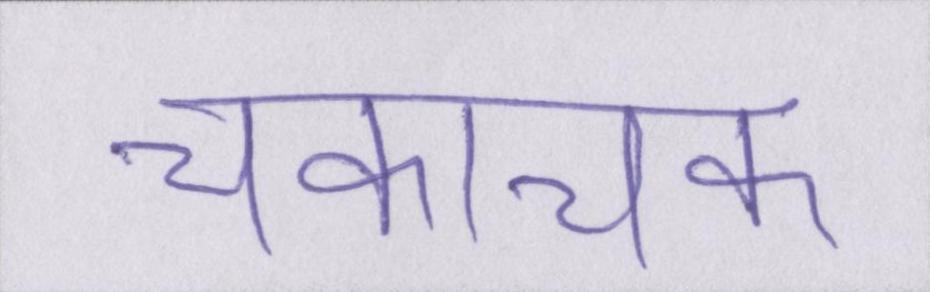
चकाचक